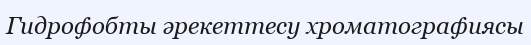
Гидрофобты әрекеттесу хроматографиясы